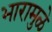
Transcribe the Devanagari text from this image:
भारामुळे